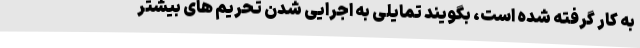
به کار گرفته شده است، بگویند تمایلی به اجرایی شدن تحریم های بیشتر